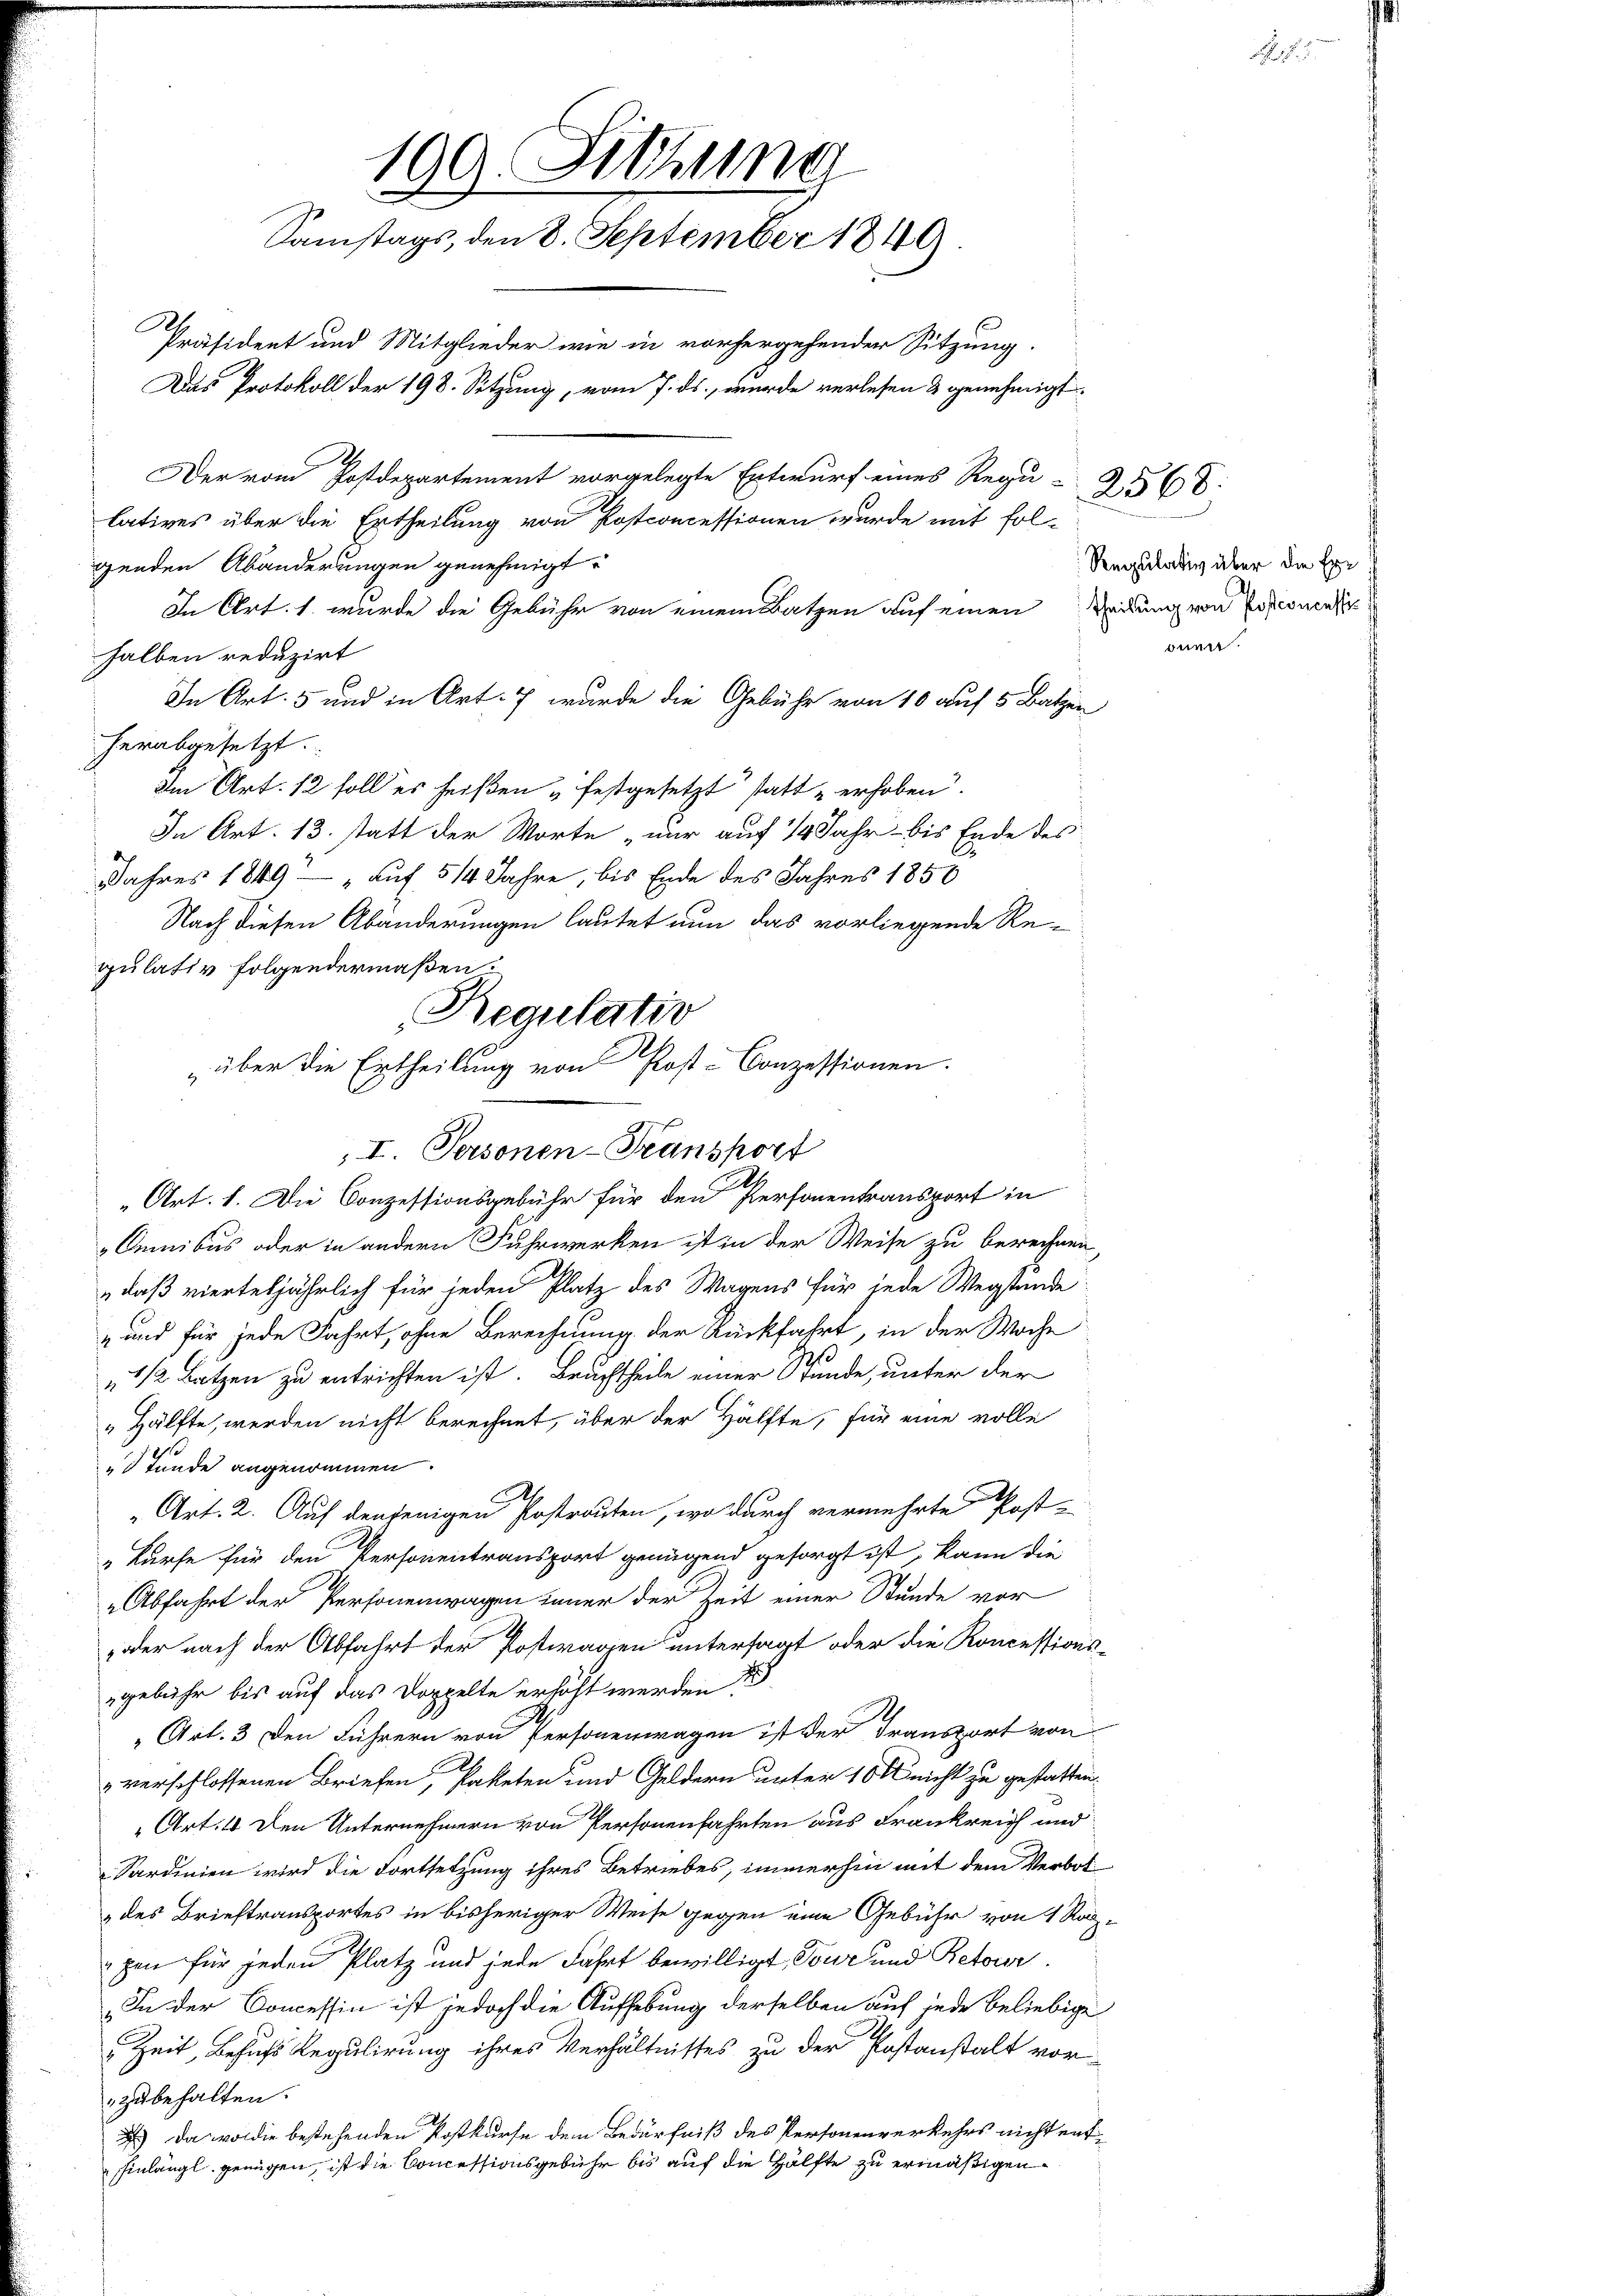
Jahres 1849 auf 514 Jahre, bis Ende des Jahres 1850
Omnibus oder in andern Fuhrwerken ist in der Weise zu berechnen
„daß vierteljährlich für jeden Platz des Wagens für jede Wegstunde:
,und für jede Fahrt, ohne Berechnung der Rückfahrt, in der Woche
o
1/2 Batzen zu entrichten ist. Bruchtheile einer Stunde, unter der
„Hälfte, werden nicht berechnet, über der Hälfte, für eine volle
Stunde angenommen.
Art. 2. Auf denjenigen Postrauten, wodurch vermehrte Post-
kurse für den Personentransport genügend gesorgt ist, kann die
Abfahrt der Personenwagen immer der Zeit einer Stunde vor
oder nach der Abfahrt der Postwagen untersagt oder die Koncessions-
H
gebühr bis auf das Doppelte erhöht werden.
„Art. 3 den Führern von Personenwagen ist der Transport von
A
verschlossenen Briefen, Paketen und Geldern unter 10 l nicht zu gestatten.
Art. 4. Den Unternehmern von Personenfahrten aus Frankreich und
Sardinien wird die Fortsetzung ihres Betriebes, immerhin mit dem Verbot
des Brieftransportes in bisheriger Weise gegen eine Gebühr von 1 Rap
pen für jeden Platz und jede Fahrt bewilligt, Tour und Retour
In der Concessin ist jedoch die Aufhebung derselben auf inde beliebige
Zeit, Behufs Regulirung ihres Verhältnisses zu der Postanstalt vor-
zubehalten.
2.) Das vor die bestehenden Postkurse dem Bedürfniß des Personenverkehrs nicht enthinlängl. genügen, ist die Concessionsgebühr bis auf die Hälfte zu ermäßigen.

100. Sitzung
Samstags, den 8. September 1849
Präsident und Mitglieder wie in vorhergehender Sitzung.
Das Protokoll der 198. Sitzung, vom 7. ds. wurde verlesen & genehmigt.
Der vom Postdepartement vorgelegte Entwurf eines Regu-
2568.
latives über die Ertheilung von Postconcessionen wurde mit fol-
genden Abänderungen genehmigt.
In Art. 1. wurde die Gebühr von einem Batzen auf einen Teilung von Pastonens
halben reduzirt
In Art. 5 und in Art. 7 wurde die Gebühr von 10 auf 5 Batzen
herabgesetzt.
Im Art. 12 soll es heißen festgesetzt statt erhoben.
In Art. 13. statt der Worte nur auf 14 Jahr bis Ende des

Nach diesen Abänderungen lautet nun das vorliegende Re-

pulativ folgendermaßen.
Regulatio
über die Ertheilung von Post-Conzessionen.
I. Personen-Transport
„Art. 1. Die Conzessionsgebühr für den Personentransport in

Regulativ über die Erdnen.